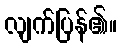
လျက်ပြန်၏။